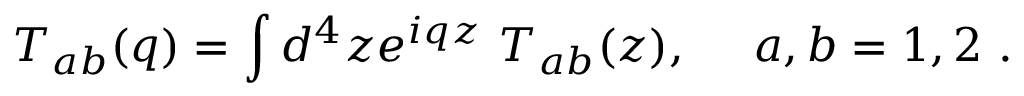
{ \cal T } _ { a b } ( q ) = \int d ^ { 4 } z e ^ { i q z } ~ { \cal T } _ { a b } ( z ) , ~ ~ ~ ~ a , b = 1 , 2 ~ .